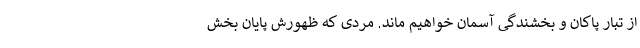
از تبار پاکان و بخشندگی آسمان خواهیم ماند. مردی که ظهورش پایان بخش